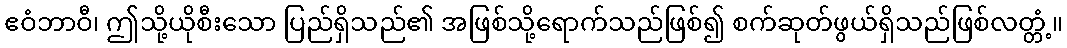
ဧဝံဘာဝီ၊ ဤသို့ယိုစီးသော ပြည်ရှိသည်၏ အဖြစ်သို့ရောက်သည်ဖြစ်၍ စက်ဆုတ်ဖွယ်ရှိသည်ဖြစ်လတ္တံ့။